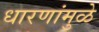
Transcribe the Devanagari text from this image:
धारणांमुळे